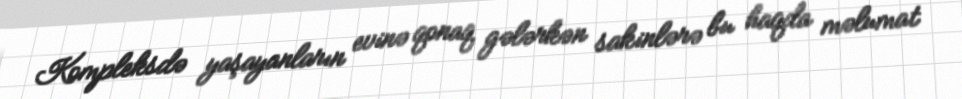
Kompleksdə yaşayanların evinə qonaq gələrkən sakinlərə bu haqda məlumat